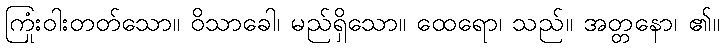
ကြုံးဝါးတတ်သော။ ဝိသာခေါ၊ မည်ရှိသော။ ထေရော၊ သည်။ အတ္တနော၊ ၏။